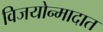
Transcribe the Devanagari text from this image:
विजयोन्मादात